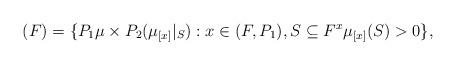
LaTeX: \begin{align*} (F) = \lbrace P_1 \mu \times P_2 (\mu_{[x]}|_S) : x\in (F,P_1), S \subseteq F^x \mu_{[x]} (S) >0 \rbrace,\end{align*}